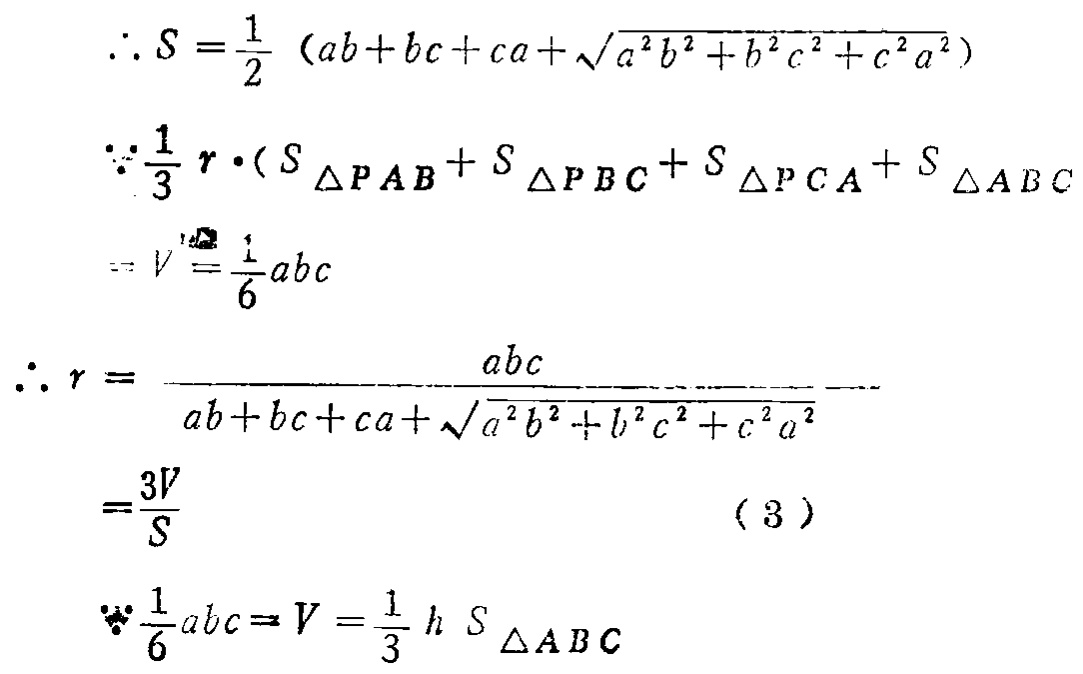
\begin{align*}
&\therefore S = \frac{1}{2}(ab + bc + ca+\sqrt{a^{2}b^{2}+b^{2}c^{2}+c^{2}a^{2}})\\
&\because\frac{1}{3}r\cdot(S_{\triangle PAB}+S_{\triangle PBC}+S_{\triangle PCA}+S_{\triangle ABC}\\
&=V=\frac{1}{6}abc\\
&\therefore r=\frac{abc}{ab + bc + ca+\sqrt{a^{2}b^{2}+b^{2}c^{2}+c^{2}a^{2}}}\\
&=\frac{3V}{S}\quad(3)\\
&\because\frac{1}{6}abc\Rightarrow V=\frac{1}{3}hS_{\triangle ABC}
\end{align*}